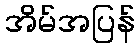
အိမ်အပြန်